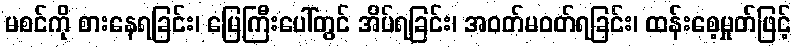
မစင်ကို စားနေရခြင်း၊ မြေကြီးပေါ်တွင် အိပ်ရခြင်း၊ အဝတ်မဝတ်ရခြင်း၊ ထန်းစေ့မှုတ်ဖြင့်